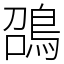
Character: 䳂